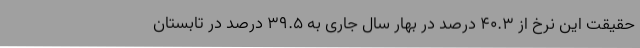
حقیقت این نرخ از 40.3 درصد در بهار سال جاری به 39.5 درصد در تابستان